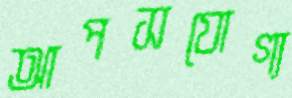
আপসযোগ্য